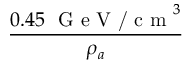
\frac { 0 . 4 5 \, \, \textrm { G e V / c m } ^ { 3 } } { \rho _ { a } }